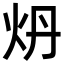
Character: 𬉾